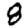
Digit: 8